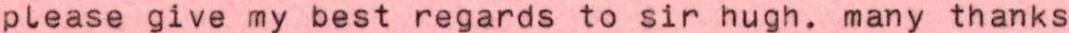
please give my best regards to sir hugh. many thanks